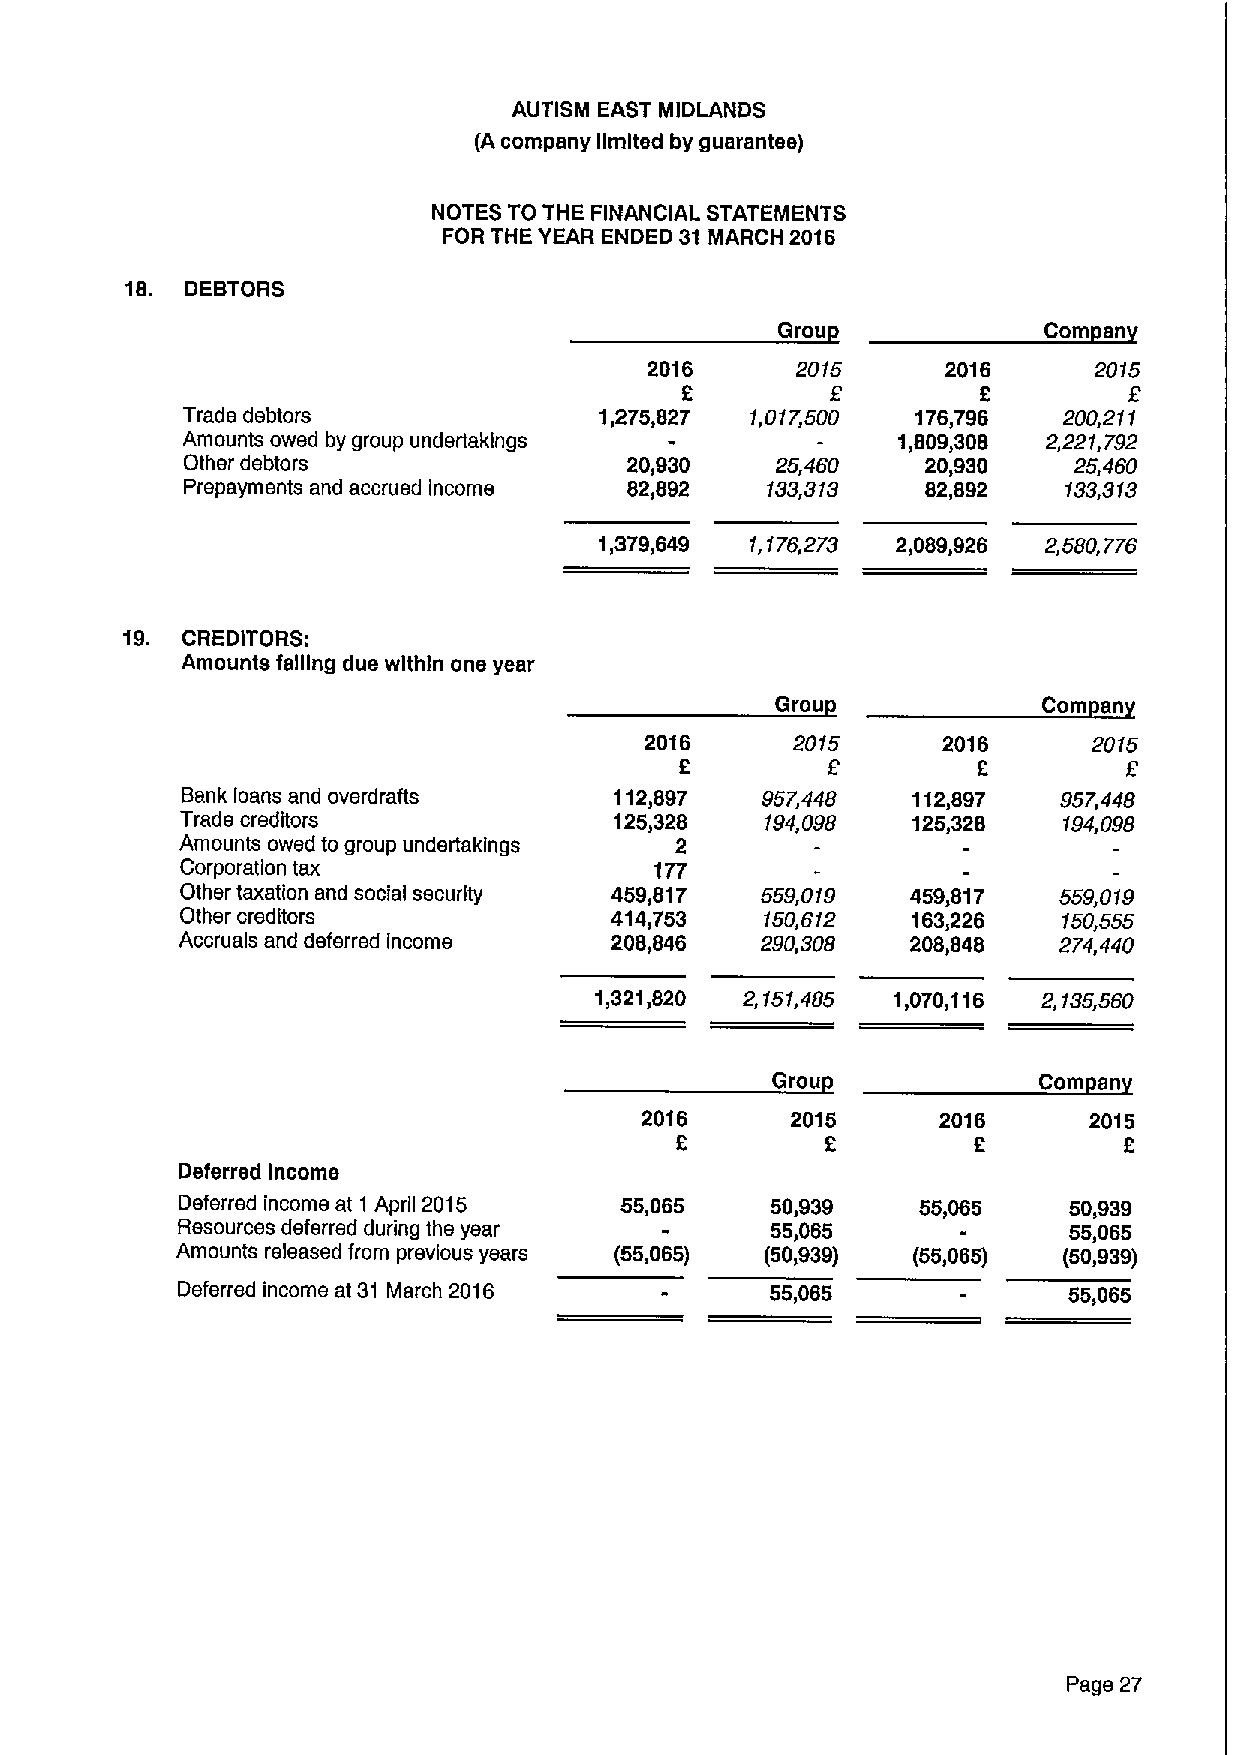
AUTISM EAST MIDLANDS
 (A company limited by guarantee)
 NOTES TO THE FINANCIAL STATEMENTS
 FOR THE YEAR ENDED 31 MARCH 2016
 18. DEBTORS
 Grou              Com an
 2016      2015      2016     2015
 2                   2
 Trade debtors               1,275,827 1,017,500  176,796  200,211
 Amounts owed by group undertakings             1,809,308 2221,792
 Other debtors                 20,930   25,460    20,930    25,460
 Prepayments and accrued income 82,892  133,313   82,892    133,313
 1,379,649 1,176,273 2,089,926 2,580,776
 19. CREDITORS:
 Amounts falling due within one year
 Grou              Com an
 2016     2015      2016      2015
 2         9         2
 Bank loans and overdrafts    112,897  957,448   112,897   957,448
 Trade creditors              125,328   194,098  125,328   194,098
 Amounts owed to group undertakings 2
 Corporation tax                177
 Other taxation and social security 459,817 559,019 459,817 559,019
 Other creditors             414,753    150,612  163,226   150,555
 Accruals and deferred income 208,846  290,308   208,848   274,440
 1,321,820 2,151,485 1,070,116 2,135,560
 Grou              Com an
 2016      2015      2016      2015
 2         2        2         2
 Deferred Income
 Deferred income at 1 April 2015 55,065 50,939    55,065    50,939
 Resources deferred during the year     55,065              55,065
 Amounts released from previous years (55,065) (50,939) (55,065) (50,939)
 Deferred income at 31 March 2016       55,065              55,065
 Page 27